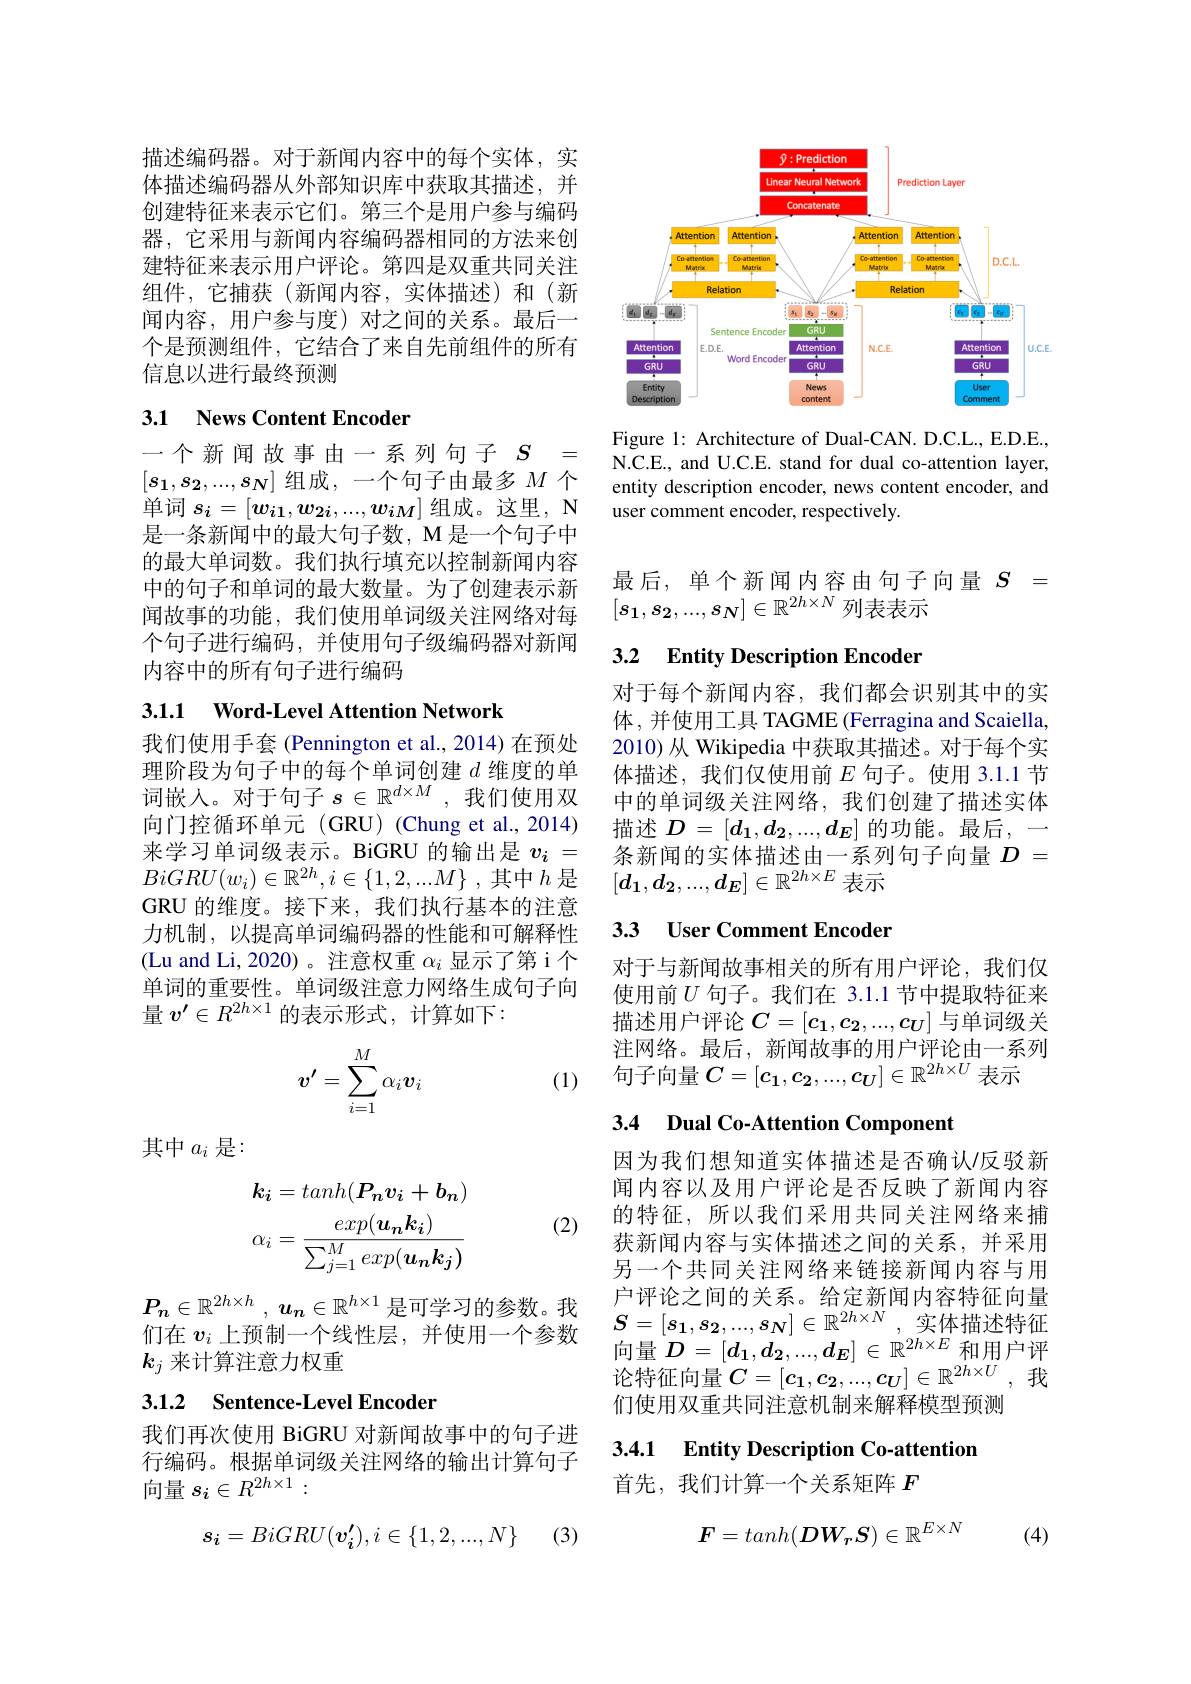
描述编码器。对于新闻内容中的每个实体，实体描述编码器从外部知识库中获取其描述，并创建特征来表示它们。第三个是用户参与编码器，它采用与新闻内容编码器相同的方法来创建特征来表示用户评论。第四是双重共同关注组件，它捕获(新闻内容，实体描述)和(新闻内容，用户参与度)对之间的关系。最后一个是预测组件，它结合了来自先前组件的所有信息以进行最终预测

## 3.1 News Content Encoder

一个新闻故事由一系列句子$S=$ $[s_1,s_2,...,s_N]$组成，一个句子由最多$M$个单词$s_i=[w_{i1},w_{2i},...,w_{iM}]$组成。这里，N 是一条新闻中的最大句子数，M 是一个句子中的最大单词数。我们执行填充以控制新闻内容中的句子和单词的最大数量。为了创建表示新闻故事的功能，我们使用单词级关注网络对每个句子进行编码，并使用句子级编码器对新闻内容中的所有句子进行编码

3.1.1 Word-Level Attention Network

我们使用手套 (Pennington et al., 2014) 在预处理阶段为句子中的每个单词创建$d$维度的单词嵌人。对于句子$s\in\mathbb{R}^d\times M$,我们使用双向门控循环单元(GRU)(Chung et al.,2014) 来学习单词级表示。BiGRU 的输出是$v_i=$ $BiGRU( w_i) \in \mathbb{R} ^{2h}, i\in \{ 1, 2, . . . M\}$ ,其中$h$ 是GRU 的维度。接下来，我们执行基本的注意力机制，以提高单词编码器的性能和可解释性(Lu and Li, 2020)。注意权重$\alpha_i$显示了第 i个单词的重要性。单词级注意力网络生成句子向量$v^{\prime}\in R^{2h\times1}$的表示形式，计算如下：

(1)
$$v'=\sum_{i=1}^M\alpha_iv_i$$
其中$a_i$ 是：

(2)
$$k_{i}=tanh(P_{n}v_{i}+b_{n})\\\alpha_{i}=\frac{exp(u_{n}k_{i})}{\sum_{j=1}^{M}exp(u_{n}k_{j})}$$
$P_n\in \mathbb{R} ^{2h\times h}$ , $\boldsymbol{u}_n\in \mathbb{R} ^{h\times 1}$是可学习的参数。我们在$v_i$上预制一个线性层，并使用一个参数$k_j$来计算注意力权重

## 3.1.2 Sentence-Level Encoder

我们再次使用 BiGRU 对新闻故事中的句子进行编码。根据单词级关注网络的输出计算句子向量$s_i\in R^{2h\times1}:$
$$s_{\boldsymbol{i}}=BiGRU(\boldsymbol{v_{i}'}),i\in\{1,2,...,N\}$$
(3)

<FigureHere>

Figure 1: Architecture of Dual-CAN. D.C.L., E.D.E., N.C.E., and U.C.E. stand for dual co-attention layer, entity description encoder, news content encoder, and user comment encoder, respectively.

最后，单个新闻内容由句子向量$S=$
$[s_1,s_2,...,s_N]\in\mathbb{R}^{2h\times N}$列表表示

# 3.2 Entity Description Encoder

对于每个新闻内容，我们都会识别其中的实体 , 并使用工具 TAGME (Ferragina and Scaiella, 2010) 从 Wikipedia 中获取其描述。对于每个实体描述，我们仅使用前$E$句子。使用 3.1.1 节中的单词级关注网络，我们创建了描述实体描述$D=[d_1,d_2,...,d_E]$的功能。最后，一条新闻的实体描述由一系列句子向量$D=$
$[d_1,d_2,...,d_E]\in\mathbb{R}^{2h\times E}$表示

## 33 User Comment Encoder

对于与新闻故事相关的所有用户评论，我们仅使用前$U$ 句子。我们在 3.1.1 节中提取特征来描述用户评论$C=[c_1,c_2,...,c_U]$与单词级关注网络。最后，新闻故事的用户评论由一系列句子向量$C=[c_1,c_2,...,c_U]\in\mathbb{R}^{2h\times U}$表示

# 3.4 Dual Co-Attention Component

因为我们想知道实体描述是否确认/反驳新闻内容以及用户评论是否反映了新闻内容的特征，所以我们采用共同关注网络来捕获新闻内容与实体描述之间的关系，并采用另一个共同关注网络来链接新闻内容与用户评论之间的关系。给定新闻内容特征向量$\boldsymbol{S}= [ s_1, s_2, . . . , s_N] \in \mathbb{R} ^{2h\times N}$ , 实体描述特征向量$D=[d_1,d_2,...,d_E]\in\mathbb{R}^{2h\times E}$和用户评论特征向量$C=[c_1,c_2,...,c_U]\in\mathbb{R}^{2h\times U}$,我们使用双重共同注意机制来解释模型预测

3.4.1 Entity Description Co-attentior

首先，我们计算一个关系矩阵$F$

(4)
$$F=tanh(DW_rS)\in\mathbb{R}^{E\times N}$$